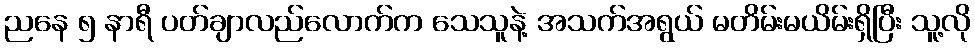
ညနေ ၅ နာရီ ပတ်ချာလည်လောက်က သေသူနဲ့ အသက်အရွယ် မတိမ်းမယိမ်းရှိပြီး သူ့လို